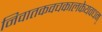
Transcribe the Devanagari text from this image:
निवातकवचकालकेयवधम्